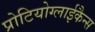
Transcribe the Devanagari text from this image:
प्रोटियोग्लाईकैन्स